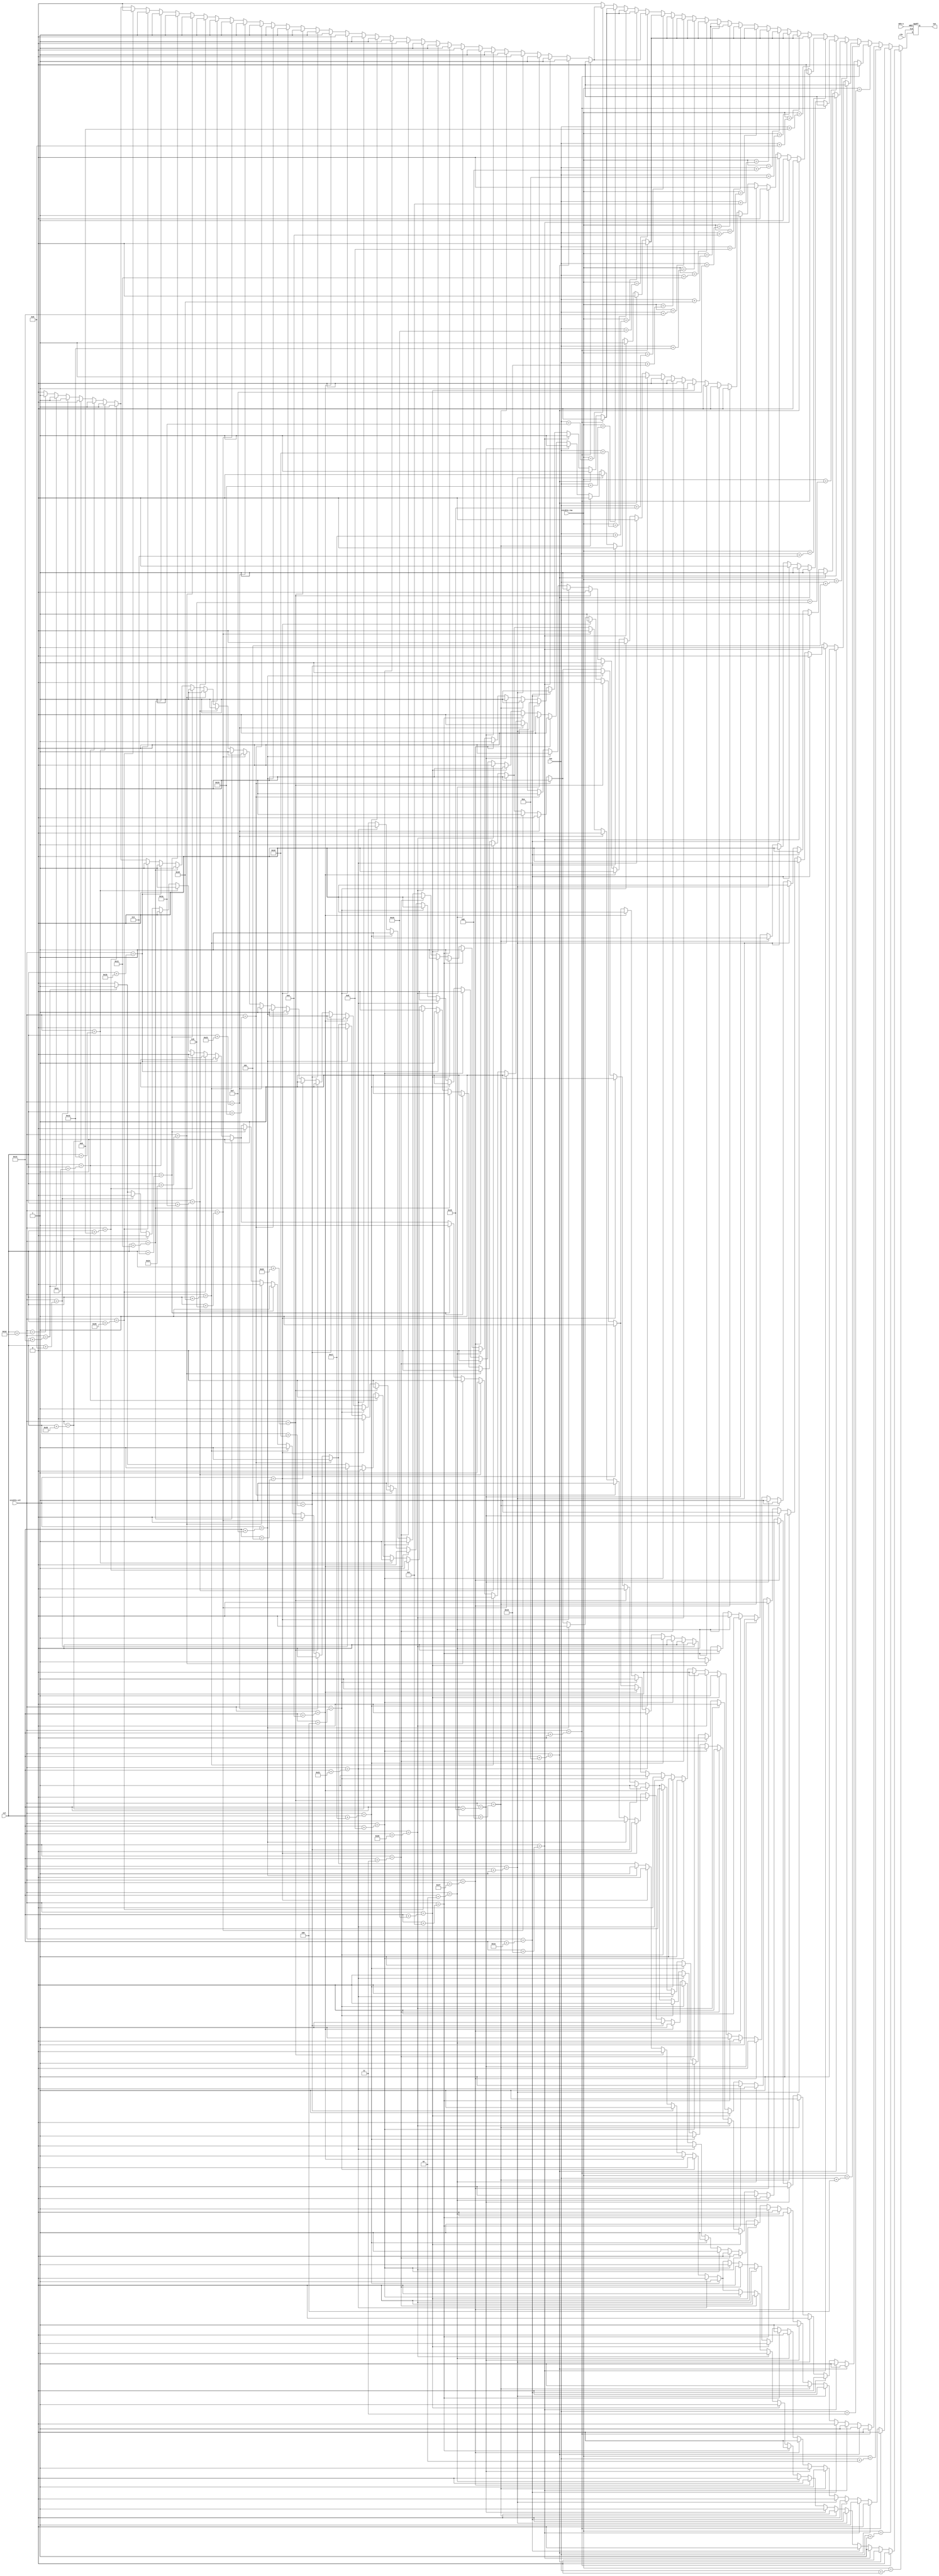
module one (clk,BTN_S,visible_col,visible_row,col,row,out);

input clk,BTN_S;
input [10:0]visible_col,visible_row,col,row;
output reg out;

wire [39:0] line_01,line_02,line_03,line_04,line_05,line_06,line_07,line_08,line_09,line_10;
wire [39:0] line_11,line_12,line_13,line_14,line_15,line_16,line_17,line_18,line_19,line_20;
wire [39:0] line_21,line_22,line_23,line_24,line_25,line_26,line_27;

assign line_01 = 40'b0000000000000011111111111111000000000000;
assign line_02 = 40'b0000000000011111111111111111000000000000;
assign line_03 = 40'b0000000111111111111111111111000000000000;
assign line_04 = 40'b0000011111111111111111111111000000000000;
assign line_05 = 40'b0000111111111111111111111111000000000000;
assign line_06 = 40'b0000111111111110111111111111000000000000;
assign line_07 = 40'b0000111111110000111111111111000000000000;
assign line_08 = 40'b0000011100000000111111111111000000000000;
assign line_09 = 40'b0000000000000000111111111111000000000000;
assign line_10 = 40'b0000000000000000111111111111000000000000;
assign line_11 = 40'b0000000000000000111111111111000000000000;
assign line_12 = 40'b0000000000000000111111111111000000000000;
assign line_13 = 40'b0000000000000000111111111111000000000000;
assign line_14 = 40'b0000000000000000111111111111000000000000;
assign line_15 = 40'b0000000000000000111111111111000000000000;
assign line_16 = 40'b0000000000000000111111111111000000000000;
assign line_17 = 40'b0000000000000000111111111111000000000000;
assign line_18 = 40'b0000000000000000111111111111000000000000;
assign line_19 = 40'b0000000000000000111111111111000000000000;
assign line_20 = 40'b0000000000000000111111111111000000000000;
assign line_21 = 40'b0000000000000000111111111111000000000000;
assign line_22 = 40'b0000000000000000111111111111000000000000;
assign line_23 = 40'b0000011111111111111111111111111111111000;
assign line_24 = 40'b0000111111111111111111111111111111111100;
assign line_25 = 40'b0000111111111111111111111111111111111100;
assign line_26 = 40'b0000111111111111111111111111111111111100;
assign line_27 = 40'b0000011111111111111111111111111111111000;

always @(posedge clk or posedge BTN_S) begin
	if (BTN_S)
		out <= 0;
	else begin
		case (visible_row)
			row+0:
				case(visible_col)
					col+0: out <= line_01[39];	  col+10: out <= line_01[29];	col+20: out <= line_01[19];  col+30: out <= line_01[9];
					col+1: out <= line_01[38];	  col+11: out <= line_01[28];	col+21: out <= line_01[18];  col+31: out <= line_01[8];
					col+2: out <= line_01[37];	  col+12: out <= line_01[27];	col+22: out <= line_01[17];  col+32: out <= line_01[7];
					col+3: out <= line_01[36];	  col+13: out <= line_01[26];	col+23: out <= line_01[16];  col+33: out <= line_01[6];
					col+4: out <= line_01[35];	  col+14: out <= line_01[25];	col+24: out <= line_01[15];  col+34: out <= line_01[5];
					col+5: out <= line_01[34];	  col+15: out <= line_01[24];	col+25: out <= line_01[14];  col+35: out <= line_01[4];
					col+6: out <= line_01[33];	  col+16: out <= line_01[23];	col+26: out <= line_01[13];  col+36: out <= line_01[3];
					col+7: out <= line_01[32];	  col+17: out <= line_01[22];	col+27: out <= line_01[12];  col+37: out <= line_01[2];
					col+8: out <= line_01[31];	  col+18: out <= line_01[21];	col+28: out <= line_01[11];  col+38: out <= line_01[1];
					col+9: out <= line_01[30];	  col+19: out <= line_01[20];	col+29: out <= line_01[10];  col+39: out <= line_01[0];
					default: out <= 0;
				endcase
			row+1:
				case(visible_col)
					col+0: out <= line_02[39];	  col+10: out <= line_02[29];	col+20: out <= line_02[19];  col+30: out <= line_02[9];
					col+1: out <= line_02[38];	  col+11: out <= line_02[28];	col+21: out <= line_02[18];  col+31: out <= line_02[8];
					col+2: out <= line_02[37];	  col+12: out <= line_02[27];	col+22: out <= line_02[17];  col+32: out <= line_02[7];
					col+3: out <= line_02[36];	  col+13: out <= line_02[26];	col+23: out <= line_02[16];  col+33: out <= line_02[6];
					col+4: out <= line_02[35];	  col+14: out <= line_02[25];	col+24: out <= line_02[15];  col+34: out <= line_02[5];
					col+5: out <= line_02[34];	  col+15: out <= line_02[24];	col+25: out <= line_02[14];  col+35: out <= line_02[4];
					col+6: out <= line_02[33];	  col+16: out <= line_02[23];	col+26: out <= line_02[13];  col+36: out <= line_02[3];
					col+7: out <= line_02[32];	  col+17: out <= line_02[22];	col+27: out <= line_02[12];  col+37: out <= line_02[2];
					col+8: out <= line_02[31];	  col+18: out <= line_02[21];	col+28: out <= line_02[11];  col+38: out <= line_02[1];
					col+9: out <= line_02[30];	  col+19: out <= line_02[20];	col+29: out <= line_02[10];  col+39: out <= line_02[0];
					default: out <= 0;
				endcase

			row+2:
				case(visible_col)
					col+0: out <= line_03[39];	  col+10: out <= line_03[29];	col+20: out <= line_03[19];  col+30: out <= line_03[9];
					col+1: out <= line_03[38];	  col+11: out <= line_03[28];	col+21: out <= line_03[18];  col+31: out <= line_03[8];
					col+2: out <= line_03[37];	  col+12: out <= line_03[27];	col+22: out <= line_03[17];  col+32: out <= line_03[7];
					col+3: out <= line_03[36];	  col+13: out <= line_03[26];	col+23: out <= line_03[16];  col+33: out <= line_03[6];
					col+4: out <= line_03[35];	  col+14: out <= line_03[25];	col+24: out <= line_03[15];  col+34: out <= line_03[5];
					col+5: out <= line_03[34];	  col+15: out <= line_03[24];	col+25: out <= line_03[14];  col+35: out <= line_03[4];
					col+6: out <= line_03[33];	  col+16: out <= line_03[23];	col+26: out <= line_03[13];  col+36: out <= line_03[3];
					col+7: out <= line_03[32];	  col+17: out <= line_03[22];	col+27: out <= line_03[12];  col+37: out <= line_03[2];
					col+8: out <= line_03[31];	  col+18: out <= line_03[21];	col+28: out <= line_03[11];  col+38: out <= line_03[1];
					col+9: out <= line_03[30];	  col+19: out <= line_03[20];	col+29: out <= line_03[10];  col+39: out <= line_03[0];
					default: out <= 0;
				endcase
			row+3:
				case(visible_col)
					col+0: out <= line_04[39];	  col+10: out <= line_04[29];	col+20: out <= line_04[19];  col+30: out <= line_04[9];
					col+1: out <= line_04[38];	  col+11: out <= line_04[28];	col+21: out <= line_04[18];  col+31: out <= line_04[8];
					col+2: out <= line_04[37];	  col+12: out <= line_04[27];	col+22: out <= line_04[17];  col+32: out <= line_04[7];
					col+3: out <= line_04[36];	  col+13: out <= line_04[26];	col+23: out <= line_04[16];  col+33: out <= line_04[6];
					col+4: out <= line_04[35];	  col+14: out <= line_04[25];	col+24: out <= line_04[15];  col+34: out <= line_04[5];
					col+5: out <= line_04[34];	  col+15: out <= line_04[24];	col+25: out <= line_04[14];  col+35: out <= line_04[4];
					col+6: out <= line_04[33];	  col+16: out <= line_04[23];	col+26: out <= line_04[13];  col+36: out <= line_04[3];
					col+7: out <= line_04[32];	  col+17: out <= line_04[22];	col+27: out <= line_04[12];  col+37: out <= line_04[2];
					col+8: out <= line_04[31];	  col+18: out <= line_04[21];	col+28: out <= line_04[11];  col+38: out <= line_04[1];
					col+9: out <= line_04[30];	  col+19: out <= line_04[20];	col+29: out <= line_04[10];  col+39: out <= line_04[0];
					default: out <= 0;
				endcase
			row+4:
				case(visible_col)
					col+0: out <= line_05[39];	  col+10: out <= line_05[29];	col+20: out <= line_05[19];  col+30: out <= line_05[9];
					col+1: out <= line_05[38];	  col+11: out <= line_05[28];	col+21: out <= line_05[18];  col+31: out <= line_05[8];
					col+2: out <= line_05[37];	  col+12: out <= line_05[27];	col+22: out <= line_05[17];  col+32: out <= line_05[7];
					col+3: out <= line_05[36];	  col+13: out <= line_05[26];	col+23: out <= line_05[16];  col+33: out <= line_05[6];
					col+4: out <= line_05[35];	  col+14: out <= line_05[25];	col+24: out <= line_05[15];  col+34: out <= line_05[5];
					col+5: out <= line_05[34];	  col+15: out <= line_05[24];	col+25: out <= line_05[14];  col+35: out <= line_05[4];
					col+6: out <= line_05[33];	  col+16: out <= line_05[23];	col+26: out <= line_05[13];  col+36: out <= line_05[3];
					col+7: out <= line_05[32];	  col+17: out <= line_05[22];	col+27: out <= line_05[12];  col+37: out <= line_05[2];
					col+8: out <= line_05[31];	  col+18: out <= line_05[21];	col+28: out <= line_05[11];  col+38: out <= line_05[1];
					col+9: out <= line_05[30];	  col+19: out <= line_05[20];	col+29: out <= line_05[10];  col+39: out <= line_05[0];
					default: out <= 0;
				endcase
			row+5:
				case(visible_col)
					col+0: out <= line_06[39];	  col+10: out <= line_06[29];	col+20: out <= line_06[19];  col+30: out <= line_06[9];
					col+1: out <= line_06[38];	  col+11: out <= line_06[28];	col+21: out <= line_06[18];  col+31: out <= line_06[8];
					col+2: out <= line_06[37];	  col+12: out <= line_06[27];	col+22: out <= line_06[17];  col+32: out <= line_06[7];
					col+3: out <= line_06[36];	  col+13: out <= line_06[26];	col+23: out <= line_06[16];  col+33: out <= line_06[6];
					col+4: out <= line_06[35];	  col+14: out <= line_06[25];	col+24: out <= line_06[15];  col+34: out <= line_06[5];
					col+5: out <= line_06[34];	  col+15: out <= line_06[24];	col+25: out <= line_06[14];  col+35: out <= line_06[4];
					col+6: out <= line_06[33];	  col+16: out <= line_06[23];	col+26: out <= line_06[13];  col+36: out <= line_06[3];
					col+7: out <= line_06[32];	  col+17: out <= line_06[22];	col+27: out <= line_06[12];  col+37: out <= line_06[2];
					col+8: out <= line_06[31];	  col+18: out <= line_06[21];	col+28: out <= line_06[11];  col+38: out <= line_06[1];
					col+9: out <= line_06[30];	  col+19: out <= line_06[20];	col+29: out <= line_06[10];  col+39: out <= line_06[0];
					default: out <= 0;
				endcase
			row+6:
				case(visible_col)
					col+0: out <= line_07[39];	  col+10: out <= line_07[29];	col+20: out <= line_07[19];  col+30: out <= line_07[9];
					col+1: out <= line_07[38];	  col+11: out <= line_07[28];	col+21: out <= line_07[18];  col+31: out <= line_07[8];
					col+2: out <= line_07[37];	  col+12: out <= line_07[27];	col+22: out <= line_07[17];  col+32: out <= line_07[7];
					col+3: out <= line_07[36];	  col+13: out <= line_07[26];	col+23: out <= line_07[16];  col+33: out <= line_07[6];
					col+4: out <= line_07[35];	  col+14: out <= line_07[25];	col+24: out <= line_07[15];  col+34: out <= line_07[5];
					col+5: out <= line_07[34];	  col+15: out <= line_07[24];	col+25: out <= line_07[14];  col+35: out <= line_07[4];
					col+6: out <= line_07[33];	  col+16: out <= line_07[23];	col+26: out <= line_07[13];  col+36: out <= line_07[3];
					col+7: out <= line_07[32];	  col+17: out <= line_07[22];	col+27: out <= line_07[12];  col+37: out <= line_07[2];
					col+8: out <= line_07[31];	  col+18: out <= line_07[21];	col+28: out <= line_07[11];  col+38: out <= line_07[1];
					col+9: out <= line_07[30];	  col+19: out <= line_07[20];	col+29: out <= line_07[10];  col+39: out <= line_07[0];
					default: out <= 0;
				endcase
			row+7:
				case(visible_col)
					col+0: out <= line_08[39];	  col+10: out <= line_08[29];	col+20: out <= line_08[19];  col+30: out <= line_08[9];
					col+1: out <= line_08[38];	  col+11: out <= line_08[28];	col+21: out <= line_08[18];  col+31: out <= line_08[8];
					col+2: out <= line_08[37];	  col+12: out <= line_08[27];	col+22: out <= line_08[17];  col+32: out <= line_08[7];
					col+3: out <= line_08[36];	  col+13: out <= line_08[26];	col+23: out <= line_08[16];  col+33: out <= line_08[6];
					col+4: out <= line_08[35];	  col+14: out <= line_08[25];	col+24: out <= line_08[15];  col+34: out <= line_08[5];
					col+5: out <= line_08[34];	  col+15: out <= line_08[24];	col+25: out <= line_08[14];  col+35: out <= line_08[4];
					col+6: out <= line_08[33];	  col+16: out <= line_08[23];	col+26: out <= line_08[13];  col+36: out <= line_08[3];
					col+7: out <= line_08[32];	  col+17: out <= line_08[22];	col+27: out <= line_08[12];  col+37: out <= line_08[2];
					col+8: out <= line_08[31];	  col+18: out <= line_08[21];	col+28: out <= line_08[11];  col+38: out <= line_08[1];
					col+9: out <= line_08[30];	  col+19: out <= line_08[20];	col+29: out <= line_08[10];  col+39: out <= line_08[0];
					default: out <= 0;
				endcase
			row+8:
				case(visible_col)
					col+0: out <= line_09[39];	  col+10: out <= line_09[29];	col+20: out <= line_09[19];  col+30: out <= line_09[9];
					col+1: out <= line_09[38];	  col+11: out <= line_09[28];	col+21: out <= line_09[18];  col+31: out <= line_09[8];
					col+2: out <= line_09[37];	  col+12: out <= line_09[27];	col+22: out <= line_09[17];  col+32: out <= line_09[7];
					col+3: out <= line_09[36];	  col+13: out <= line_09[26];	col+23: out <= line_09[16];  col+33: out <= line_09[6];
					col+4: out <= line_09[35];	  col+14: out <= line_09[25];	col+24: out <= line_09[15];  col+34: out <= line_09[5];
					col+5: out <= line_09[34];	  col+15: out <= line_09[24];	col+25: out <= line_09[14];  col+35: out <= line_09[4];
					col+6: out <= line_09[33];	  col+16: out <= line_09[23];	col+26: out <= line_09[13];  col+36: out <= line_09[3];
					col+7: out <= line_09[32];	  col+17: out <= line_09[22];	col+27: out <= line_09[12];  col+37: out <= line_09[2];
					col+8: out <= line_09[31];	  col+18: out <= line_09[21];	col+28: out <= line_09[11];  col+38: out <= line_09[1];
					col+9: out <= line_09[30];	  col+19: out <= line_09[20];	col+29: out <= line_09[10];  col+39: out <= line_09[0];
					default: out <= 0;
				endcase
			row+9:
				case(visible_col)
					col+0: out <= line_10[39];	  col+10: out <= line_10[29];	col+20: out <= line_10[19];  col+30: out <= line_10[9];
					col+1: out <= line_10[38];	  col+11: out <= line_10[28];	col+21: out <= line_10[18];  col+31: out <= line_10[8];
					col+2: out <= line_10[37];	  col+12: out <= line_10[27];	col+22: out <= line_10[17];  col+32: out <= line_10[7];
					col+3: out <= line_10[36];	  col+13: out <= line_10[26];	col+23: out <= line_10[16];  col+33: out <= line_10[6];
					col+4: out <= line_10[35];	  col+14: out <= line_10[25];	col+24: out <= line_10[15];  col+34: out <= line_10[5];
					col+5: out <= line_10[34];	  col+15: out <= line_10[24];	col+25: out <= line_10[14];  col+35: out <= line_10[4];
					col+6: out <= line_10[33];	  col+16: out <= line_10[23];	col+26: out <= line_10[13];  col+36: out <= line_10[3];
					col+7: out <= line_10[32];	  col+17: out <= line_10[22];	col+27: out <= line_10[12];  col+37: out <= line_10[2];
					col+8: out <= line_10[31];	  col+18: out <= line_10[21];	col+28: out <= line_10[11];  col+38: out <= line_10[1];
					col+9: out <= line_10[30];	  col+19: out <= line_10[20];	col+29: out <= line_10[10];  col+39: out <= line_10[0];
					default: out <= 0;
				endcase
			row+10:
				case(visible_col)
					col+0: out <= line_11[39];	  col+10: out <= line_11[29];	col+20: out <= line_11[19];  col+30: out <= line_11[9];
					col+1: out <= line_11[38];	  col+11: out <= line_11[28];	col+21: out <= line_11[18];  col+31: out <= line_11[8];
					col+2: out <= line_11[37];	  col+12: out <= line_11[27];	col+22: out <= line_11[17];  col+32: out <= line_11[7];
					col+3: out <= line_11[36];	  col+13: out <= line_11[26];	col+23: out <= line_11[16];  col+33: out <= line_11[6];
					col+4: out <= line_11[35];	  col+14: out <= line_11[25];	col+24: out <= line_11[15];  col+34: out <= line_11[5];
					col+5: out <= line_11[34];	  col+15: out <= line_11[24];	col+25: out <= line_11[14];  col+35: out <= line_11[4];
					col+6: out <= line_11[33];	  col+16: out <= line_11[23];	col+26: out <= line_11[13];  col+36: out <= line_11[3];
					col+7: out <= line_11[32];	  col+17: out <= line_11[22];	col+27: out <= line_11[12];  col+37: out <= line_11[2];
					col+8: out <= line_11[31];	  col+18: out <= line_11[21];	col+28: out <= line_11[11];  col+38: out <= line_11[1];
					col+9: out <= line_11[30];	  col+19: out <= line_11[20];	col+29: out <= line_11[10];  col+39: out <= line_11[0];
					default: out <= 0;
				endcase
			row+11:
				case(visible_col)
					col+0: out <= line_12[39];	  col+10: out <= line_12[29];	col+20: out <= line_12[19];  col+30: out <= line_12[9];
					col+1: out <= line_12[38];	  col+11: out <= line_12[28];	col+21: out <= line_12[18];  col+31: out <= line_12[8];
					col+2: out <= line_12[37];	  col+12: out <= line_12[27];	col+22: out <= line_12[17];  col+32: out <= line_12[7];
					col+3: out <= line_12[36];	  col+13: out <= line_12[26];	col+23: out <= line_12[16];  col+33: out <= line_12[6];
					col+4: out <= line_12[35];	  col+14: out <= line_12[25];	col+24: out <= line_12[15];  col+34: out <= line_12[5];
					col+5: out <= line_12[34];	  col+15: out <= line_12[24];	col+25: out <= line_12[14];  col+35: out <= line_12[4];
					col+6: out <= line_12[33];	  col+16: out <= line_12[23];	col+26: out <= line_12[13];  col+36: out <= line_12[3];
					col+7: out <= line_12[32];	  col+17: out <= line_12[22];	col+27: out <= line_12[12];  col+37: out <= line_12[2];
					col+8: out <= line_12[31];	  col+18: out <= line_12[21];	col+28: out <= line_12[11];  col+38: out <= line_12[1];
					col+9: out <= line_12[30];	  col+19: out <= line_12[20];	col+29: out <= line_12[10];  col+39: out <= line_12[0];
					default: out <= 0;
				endcase
			row+12:
				case(visible_col)
					col+0: out <= line_13[39];	  col+10: out <= line_13[29];	col+20: out <= line_13[19];  col+30: out <= line_13[9];
					col+1: out <= line_13[38];	  col+11: out <= line_13[28];	col+21: out <= line_13[18];  col+31: out <= line_13[8];
					col+2: out <= line_13[37];	  col+12: out <= line_13[27];	col+22: out <= line_13[17];  col+32: out <= line_13[7];
					col+3: out <= line_13[36];	  col+13: out <= line_13[26];	col+23: out <= line_13[16];  col+33: out <= line_13[6];
					col+4: out <= line_13[35];	  col+14: out <= line_13[25];	col+24: out <= line_13[15];  col+34: out <= line_13[5];
					col+5: out <= line_13[34];	  col+15: out <= line_13[24];	col+25: out <= line_13[14];  col+35: out <= line_13[4];
					col+6: out <= line_13[33];	  col+16: out <= line_13[23];	col+26: out <= line_13[13];  col+36: out <= line_13[3];
					col+7: out <= line_13[32];	  col+17: out <= line_13[22];	col+27: out <= line_13[12];  col+37: out <= line_13[2];
					col+8: out <= line_13[31];	  col+18: out <= line_13[21];	col+28: out <= line_13[11];  col+38: out <= line_13[1];
					col+9: out <= line_13[30];	  col+19: out <= line_13[20];	col+29: out <= line_13[10];  col+39: out <= line_13[0];
					default: out <= 0;
				endcase
			row+13:
				case(visible_col)
					col+0: out <= line_14[39];	  col+10: out <= line_14[29];	col+20: out <= line_14[19];  col+30: out <= line_14[9];
					col+1: out <= line_14[38];	  col+11: out <= line_14[28];	col+21: out <= line_14[18];  col+31: out <= line_14[8];
					col+2: out <= line_14[37];	  col+12: out <= line_14[27];	col+22: out <= line_14[17];  col+32: out <= line_14[7];
					col+3: out <= line_14[36];	  col+13: out <= line_14[26];	col+23: out <= line_14[16];  col+33: out <= line_14[6];
					col+4: out <= line_14[35];	  col+14: out <= line_14[25];	col+24: out <= line_14[15];  col+34: out <= line_14[5];
					col+5: out <= line_14[34];	  col+15: out <= line_14[24];	col+25: out <= line_14[14];  col+35: out <= line_14[4];
					col+6: out <= line_14[33];	  col+16: out <= line_14[23];	col+26: out <= line_14[13];  col+36: out <= line_14[3];
					col+7: out <= line_14[32];	  col+17: out <= line_14[22];	col+27: out <= line_14[12];  col+37: out <= line_14[2];
					col+8: out <= line_14[31];	  col+18: out <= line_14[21];	col+28: out <= line_14[11];  col+38: out <= line_14[1];
					col+9: out <= line_14[30];	  col+19: out <= line_14[20];	col+29: out <= line_14[10];  col+39: out <= line_14[0];
					default: out <= 0;
				endcase
			row+14:
				case(visible_col)
					col+0: out <= line_15[39];	  col+10: out <= line_15[29];	col+20: out <= line_15[19];  col+30: out <= line_15[9];
					col+1: out <= line_15[38];	  col+11: out <= line_15[28];	col+21: out <= line_15[18];  col+31: out <= line_15[8];
					col+2: out <= line_15[37];	  col+12: out <= line_15[27];	col+22: out <= line_15[17];  col+32: out <= line_15[7];
					col+3: out <= line_15[36];	  col+13: out <= line_15[26];	col+23: out <= line_15[16];  col+33: out <= line_15[6];
					col+4: out <= line_15[35];	  col+14: out <= line_15[25];	col+24: out <= line_15[15];  col+34: out <= line_15[5];
					col+5: out <= line_15[34];	  col+15: out <= line_15[24];	col+25: out <= line_15[14];  col+35: out <= line_15[4];
					col+6: out <= line_15[33];	  col+16: out <= line_15[23];	col+26: out <= line_15[13];  col+36: out <= line_15[3];
					col+7: out <= line_15[32];	  col+17: out <= line_15[22];	col+27: out <= line_15[12];  col+37: out <= line_15[2];
					col+8: out <= line_15[31];	  col+18: out <= line_15[21];	col+28: out <= line_15[11];  col+38: out <= line_15[1];
					col+9: out <= line_15[30];	  col+19: out <= line_15[20];	col+29: out <= line_15[10];  col+39: out <= line_15[0];
					default: out <= 0;
				endcase
			row+15:
				case(visible_col)
					col+0: out <= line_16[39];	  col+10: out <= line_16[29];	col+20: out <= line_16[19];  col+30: out <= line_16[9];
					col+1: out <= line_16[38];	  col+11: out <= line_16[28];	col+21: out <= line_16[18];  col+31: out <= line_16[8];
					col+2: out <= line_16[37];	  col+12: out <= line_16[27];	col+22: out <= line_16[17];  col+32: out <= line_16[7];
					col+3: out <= line_16[36];	  col+13: out <= line_16[26];	col+23: out <= line_16[16];  col+33: out <= line_16[6];
					col+4: out <= line_16[35];	  col+14: out <= line_16[25];	col+24: out <= line_16[15];  col+34: out <= line_16[5];
					col+5: out <= line_16[34];	  col+15: out <= line_16[24];	col+25: out <= line_16[14];  col+35: out <= line_16[4];
					col+6: out <= line_16[33];	  col+16: out <= line_16[23];	col+26: out <= line_16[13];  col+36: out <= line_16[3];
					col+7: out <= line_16[32];	  col+17: out <= line_16[22];	col+27: out <= line_16[12];  col+37: out <= line_16[2];
					col+8: out <= line_16[31];	  col+18: out <= line_16[21];	col+28: out <= line_16[11];  col+38: out <= line_16[1];
					col+9: out <= line_16[30];	  col+19: out <= line_16[20];	col+29: out <= line_16[10];  col+39: out <= line_16[0];
					default: out <= 0;
				endcase
			row+16:
				case(visible_col)
					col+0: out <= line_17[39];	  col+10: out <= line_17[29];	col+20: out <= line_17[19];  col+30: out <= line_17[9];
					col+1: out <= line_17[38];	  col+11: out <= line_17[28];	col+21: out <= line_17[18];  col+31: out <= line_17[8];
					col+2: out <= line_17[37];	  col+12: out <= line_17[27];	col+22: out <= line_17[17];  col+32: out <= line_17[7];
					col+3: out <= line_17[36];	  col+13: out <= line_17[26];	col+23: out <= line_17[16];  col+33: out <= line_17[6];
					col+4: out <= line_17[35];	  col+14: out <= line_17[25];	col+24: out <= line_17[15];  col+34: out <= line_17[5];
					col+5: out <= line_17[34];	  col+15: out <= line_17[24];	col+25: out <= line_17[14];  col+35: out <= line_17[4];
					col+6: out <= line_17[33];	  col+16: out <= line_17[23];	col+26: out <= line_17[13];  col+36: out <= line_17[3];
					col+7: out <= line_17[32];	  col+17: out <= line_17[22];	col+27: out <= line_17[12];  col+37: out <= line_17[2];
					col+8: out <= line_17[31];	  col+18: out <= line_17[21];	col+28: out <= line_17[11];  col+38: out <= line_17[1];
					col+9: out <= line_17[30];	  col+19: out <= line_17[20];	col+29: out <= line_17[10];  col+39: out <= line_17[0];
					default: out <= 0;
				endcase
			row+17:
				case(visible_col)
					col+0: out <= line_18[39];	  col+10: out <= line_18[29];	col+20: out <= line_18[19];  col+30: out <= line_18[9];
					col+1: out <= line_18[38];	  col+11: out <= line_18[28];	col+21: out <= line_18[18];  col+31: out <= line_18[8];
					col+2: out <= line_18[37];	  col+12: out <= line_18[27];	col+22: out <= line_18[17];  col+32: out <= line_18[7];
					col+3: out <= line_18[36];	  col+13: out <= line_18[26];	col+23: out <= line_18[16];  col+33: out <= line_18[6];
					col+4: out <= line_18[35];	  col+14: out <= line_18[25];	col+24: out <= line_18[15];  col+34: out <= line_18[5];
					col+5: out <= line_18[34];	  col+15: out <= line_18[24];	col+25: out <= line_18[14];  col+35: out <= line_18[4];
					col+6: out <= line_18[33];	  col+16: out <= line_18[23];	col+26: out <= line_18[13];  col+36: out <= line_18[3];
					col+7: out <= line_18[32];	  col+17: out <= line_18[22];	col+27: out <= line_18[12];  col+37: out <= line_18[2];
					col+8: out <= line_18[31];	  col+18: out <= line_18[21];	col+28: out <= line_18[11];  col+38: out <= line_18[1];
					col+9: out <= line_18[30];	  col+19: out <= line_18[20];	col+29: out <= line_18[10];  col+39: out <= line_18[0];
					default: out <= 0;
				endcase
			row+18:
				case(visible_col)
					col+0: out <= line_19[39];	  col+10: out <= line_19[29];	col+20: out <= line_19[19];  col+30: out <= line_19[9];
					col+1: out <= line_19[38];	  col+11: out <= line_19[28];	col+21: out <= line_19[18];  col+31: out <= line_19[8];
					col+2: out <= line_19[37];	  col+12: out <= line_19[27];	col+22: out <= line_19[17];  col+32: out <= line_19[7];
					col+3: out <= line_19[36];	  col+13: out <= line_19[26];	col+23: out <= line_19[16];  col+33: out <= line_19[6];
					col+4: out <= line_19[35];	  col+14: out <= line_19[25];	col+24: out <= line_19[15];  col+34: out <= line_19[5];
					col+5: out <= line_19[34];	  col+15: out <= line_19[24];	col+25: out <= line_19[14];  col+35: out <= line_19[4];
					col+6: out <= line_19[33];	  col+16: out <= line_19[23];	col+26: out <= line_19[13];  col+36: out <= line_19[3];
					col+7: out <= line_19[32];	  col+17: out <= line_19[22];	col+27: out <= line_19[12];  col+37: out <= line_19[2];
					col+8: out <= line_19[31];	  col+18: out <= line_19[21];	col+28: out <= line_19[11];  col+38: out <= line_19[1];
					col+9: out <= line_19[30];	  col+19: out <= line_19[20];	col+29: out <= line_19[10];  col+39: out <= line_19[0];
					default: out <= 0;
				endcase
			row+19:
				case(visible_col)
					col+0: out <= line_20[39];	  col+10: out <= line_20[29];	col+20: out <= line_20[19];  col+30: out <= line_20[9];
					col+1: out <= line_20[38];	  col+11: out <= line_20[28];	col+21: out <= line_20[18];  col+31: out <= line_20[8];
					col+2: out <= line_20[37];	  col+12: out <= line_20[27];	col+22: out <= line_20[17];  col+32: out <= line_20[7];
					col+3: out <= line_20[36];	  col+13: out <= line_20[26];	col+23: out <= line_20[16];  col+33: out <= line_20[6];
					col+4: out <= line_20[35];	  col+14: out <= line_20[25];	col+24: out <= line_20[15];  col+34: out <= line_20[5];
					col+5: out <= line_20[34];	  col+15: out <= line_20[24];	col+25: out <= line_20[14];  col+35: out <= line_20[4];
					col+6: out <= line_20[33];	  col+16: out <= line_20[23];	col+26: out <= line_20[13];  col+36: out <= line_20[3];
					col+7: out <= line_20[32];	  col+17: out <= line_20[22];	col+27: out <= line_20[12];  col+37: out <= line_20[2];
					col+8: out <= line_20[31];	  col+18: out <= line_20[21];	col+28: out <= line_20[11];  col+38: out <= line_20[1];
					col+9: out <= line_20[30];	  col+19: out <= line_20[20];	col+29: out <= line_20[10];  col+39: out <= line_20[0];
					default: out <= 0;
				endcase
			row+20:
				case(visible_col)
					col+0: out <= line_21[39];	  col+10: out <= line_21[29];	col+20: out <= line_21[19];  col+30: out <= line_21[9];
					col+1: out <= line_21[38];	  col+11: out <= line_21[28];	col+21: out <= line_21[18];  col+31: out <= line_21[8];
					col+2: out <= line_21[37];	  col+12: out <= line_21[27];	col+22: out <= line_21[17];  col+32: out <= line_21[7];
					col+3: out <= line_21[36];	  col+13: out <= line_21[26];	col+23: out <= line_21[16];  col+33: out <= line_21[6];
					col+4: out <= line_21[35];	  col+14: out <= line_21[25];	col+24: out <= line_21[15];  col+34: out <= line_21[5];
					col+5: out <= line_21[34];	  col+15: out <= line_21[24];	col+25: out <= line_21[14];  col+35: out <= line_21[4];
					col+6: out <= line_21[33];	  col+16: out <= line_21[23];	col+26: out <= line_21[13];  col+36: out <= line_21[3];
					col+7: out <= line_21[32];	  col+17: out <= line_21[22];	col+27: out <= line_21[12];  col+37: out <= line_21[2];
					col+8: out <= line_21[31];	  col+18: out <= line_21[21];	col+28: out <= line_21[11];  col+38: out <= line_21[1];
					col+9: out <= line_21[30];	  col+19: out <= line_21[20];	col+29: out <= line_21[10];  col+39: out <= line_21[0];
					default: out <= 0;
				endcase
			row+21:
				case(visible_col)
					col+0: out <= line_22[39];	  col+10: out <= line_22[29];	col+20: out <= line_22[19];  col+30: out <= line_22[9];
					col+1: out <= line_22[38];	  col+11: out <= line_22[28];	col+21: out <= line_22[18];  col+31: out <= line_22[8];
					col+2: out <= line_22[37];	  col+12: out <= line_22[27];	col+22: out <= line_22[17];  col+32: out <= line_22[7];
					col+3: out <= line_22[36];	  col+13: out <= line_22[26];	col+23: out <= line_22[16];  col+33: out <= line_22[6];
					col+4: out <= line_22[35];	  col+14: out <= line_22[25];	col+24: out <= line_22[15];  col+34: out <= line_22[5];
					col+5: out <= line_22[34];	  col+15: out <= line_22[24];	col+25: out <= line_22[14];  col+35: out <= line_22[4];
					col+6: out <= line_22[33];	  col+16: out <= line_22[23];	col+26: out <= line_22[13];  col+36: out <= line_22[3];
					col+7: out <= line_22[32];	  col+17: out <= line_22[22];	col+27: out <= line_22[12];  col+37: out <= line_22[2];
					col+8: out <= line_22[31];	  col+18: out <= line_22[21];	col+28: out <= line_22[11];  col+38: out <= line_22[1];
					col+9: out <= line_22[30];	  col+19: out <= line_22[20];	col+29: out <= line_22[10];  col+39: out <= line_22[0];
					default: out <= 0;
				endcase
			row+22:
				case(visible_col)
					col+0: out <= line_23[39];	  col+10: out <= line_23[29];	col+20: out <= line_23[19];  col+30: out <= line_23[9];
					col+1: out <= line_23[38];	  col+11: out <= line_23[28];	col+21: out <= line_23[18];  col+31: out <= line_23[8];
					col+2: out <= line_23[37];	  col+12: out <= line_23[27];	col+22: out <= line_23[17];  col+32: out <= line_23[7];
					col+3: out <= line_23[36];	  col+13: out <= line_23[26];	col+23: out <= line_23[16];  col+33: out <= line_23[6];
					col+4: out <= line_23[35];	  col+14: out <= line_23[25];	col+24: out <= line_23[15];  col+34: out <= line_23[5];
					col+5: out <= line_23[34];	  col+15: out <= line_23[24];	col+25: out <= line_23[14];  col+35: out <= line_23[4];
					col+6: out <= line_23[33];	  col+16: out <= line_23[23];	col+26: out <= line_23[13];  col+36: out <= line_23[3];
					col+7: out <= line_23[32];	  col+17: out <= line_23[22];	col+27: out <= line_23[12];  col+37: out <= line_23[2];
					col+8: out <= line_23[31];	  col+18: out <= line_23[21];	col+28: out <= line_23[11];  col+38: out <= line_23[1];
					col+9: out <= line_23[30];	  col+19: out <= line_23[20];	col+29: out <= line_23[10];  col+39: out <= line_23[0];
					default: out <= 0;
				endcase
			row+23:
				case(visible_col)
					col+0: out <= line_24[39];	  col+10: out <= line_24[29];	col+20: out <= line_24[19];  col+30: out <= line_24[9];
					col+1: out <= line_24[38];	  col+11: out <= line_24[28];	col+21: out <= line_24[18];  col+31: out <= line_24[8];
					col+2: out <= line_24[37];	  col+12: out <= line_24[27];	col+22: out <= line_24[17];  col+32: out <= line_24[7];
					col+3: out <= line_24[36];	  col+13: out <= line_24[26];	col+23: out <= line_24[16];  col+33: out <= line_24[6];
					col+4: out <= line_24[35];	  col+14: out <= line_24[25];	col+24: out <= line_24[15];  col+34: out <= line_24[5];
					col+5: out <= line_24[34];	  col+15: out <= line_24[24];	col+25: out <= line_24[14];  col+35: out <= line_24[4];
					col+6: out <= line_24[33];	  col+16: out <= line_24[23];	col+26: out <= line_24[13];  col+36: out <= line_24[3];
					col+7: out <= line_24[32];	  col+17: out <= line_24[22];	col+27: out <= line_24[12];  col+37: out <= line_24[2];
					col+8: out <= line_24[31];	  col+18: out <= line_24[21];	col+28: out <= line_24[11];  col+38: out <= line_24[1];
					col+9: out <= line_24[30];	  col+19: out <= line_24[20];	col+29: out <= line_24[10];  col+39: out <= line_24[0];
					default: out <= 0;
				endcase
			row+24:
				case(visible_col)
					col+0: out <= line_25[39];	  col+10: out <= line_25[29];	col+20: out <= line_25[19];  col+30: out <= line_25[9];
					col+1: out <= line_25[38];	  col+11: out <= line_25[28];	col+21: out <= line_25[18];  col+31: out <= line_25[8];
					col+2: out <= line_25[37];	  col+12: out <= line_25[27];	col+22: out <= line_25[17];  col+32: out <= line_25[7];
					col+3: out <= line_25[36];	  col+13: out <= line_25[26];	col+23: out <= line_25[16];  col+33: out <= line_25[6];
					col+4: out <= line_25[35];	  col+14: out <= line_25[25];	col+24: out <= line_25[15];  col+34: out <= line_25[5];
					col+5: out <= line_25[34];	  col+15: out <= line_25[24];	col+25: out <= line_25[14];  col+35: out <= line_25[4];
					col+6: out <= line_25[33];	  col+16: out <= line_25[23];	col+26: out <= line_25[13];  col+36: out <= line_25[3];
					col+7: out <= line_25[32];	  col+17: out <= line_25[22];	col+27: out <= line_25[12];  col+37: out <= line_25[2];
					col+8: out <= line_25[31];	  col+18: out <= line_25[21];	col+28: out <= line_25[11];  col+38: out <= line_25[1];
					col+9: out <= line_25[30];	  col+19: out <= line_25[20];	col+29: out <= line_25[10];  col+39: out <= line_25[0];
					default: out <= 0;
				endcase
			row+25:
				case(visible_col)
					col+0: out <= line_26[39];	  col+10: out <= line_26[29];	col+20: out <= line_26[19];  col+30: out <= line_26[9];
					col+1: out <= line_26[38];	  col+11: out <= line_26[28];	col+21: out <= line_26[18];  col+31: out <= line_26[8];
					col+2: out <= line_26[37];	  col+12: out <= line_26[27];	col+22: out <= line_26[17];  col+32: out <= line_26[7];
					col+3: out <= line_26[36];	  col+13: out <= line_26[26];	col+23: out <= line_26[16];  col+33: out <= line_26[6];
					col+4: out <= line_26[35];	  col+14: out <= line_26[25];	col+24: out <= line_26[15];  col+34: out <= line_26[5];
					col+5: out <= line_26[34];	  col+15: out <= line_26[24];	col+25: out <= line_26[14];  col+35: out <= line_26[4];
					col+6: out <= line_26[33];	  col+16: out <= line_26[23];	col+26: out <= line_26[13];  col+36: out <= line_26[3];
					col+7: out <= line_26[32];	  col+17: out <= line_26[22];	col+27: out <= line_26[12];  col+37: out <= line_26[2];
					col+8: out <= line_26[31];	  col+18: out <= line_26[21];	col+28: out <= line_26[11];  col+38: out <= line_26[1];
					col+9: out <= line_26[30];	  col+19: out <= line_26[20];	col+29: out <= line_26[10];  col+39: out <= line_26[0];
					default: out <= 0;
				endcase
			row+26:
				case(visible_col)
					col+0: out <= line_27[39];	  col+10: out <= line_27[29];	col+20: out <= line_27[19];  col+30: out <= line_27[9];
					col+1: out <= line_27[38];	  col+11: out <= line_27[28];	col+21: out <= line_27[18];  col+31: out <= line_27[8];
					col+2: out <= line_27[37];	  col+12: out <= line_27[27];	col+22: out <= line_27[17];  col+32: out <= line_27[7];
					col+3: out <= line_27[36];	  col+13: out <= line_27[26];	col+23: out <= line_27[16];  col+33: out <= line_27[6];
					col+4: out <= line_27[35];	  col+14: out <= line_27[25];	col+24: out <= line_27[15];  col+34: out <= line_27[5];
					col+5: out <= line_27[34];	  col+15: out <= line_27[24];	col+25: out <= line_27[14];  col+35: out <= line_27[4];
					col+6: out <= line_27[33];	  col+16: out <= line_27[23];	col+26: out <= line_27[13];  col+36: out <= line_27[3];
					col+7: out <= line_27[32];	  col+17: out <= line_27[22];	col+27: out <= line_27[12];  col+37: out <= line_27[2];
					col+8: out <= line_27[31];	  col+18: out <= line_27[21];	col+28: out <= line_27[11];  col+38: out <= line_27[1];
					col+9: out <= line_27[30];	  col+19: out <= line_27[20];	col+29: out <= line_27[10];  col+39: out <= line_27[0];
					default: out <= 0;
				endcase
			default:out <= 0;
		endcase
	end
end
endmodule